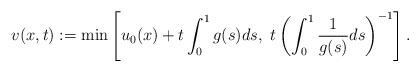
LaTeX: \begin{align*}v(x,t) :=\min\left[ u_0(x)+t\int_0^1 g(s)ds, \ t\left(\int_0^1 \frac{1}{g(s)}ds\right)^{-1}\right].\end{align*}